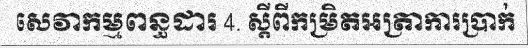
សេវាកម្មពន្ធដារ 4. ស្តីពីកម្រិតអត្រាការប្រាក់